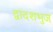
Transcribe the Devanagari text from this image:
द्वादशभुज